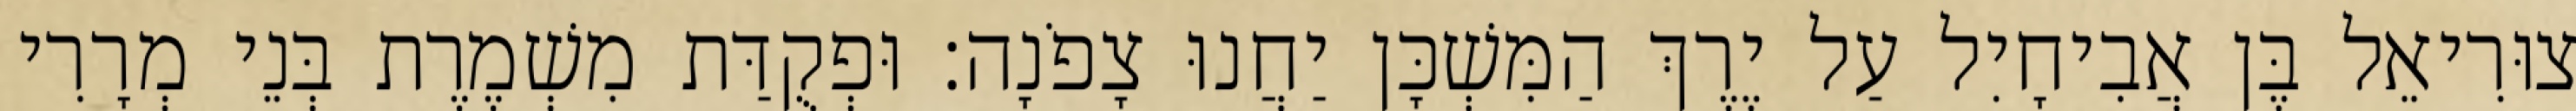
צוּרִיאֵל בֶּן אֲבִיחָיִל עַל יֶרֶךְ הַמִּשְׁכָּן יַחֲנוּ צָפֹנָה׃ וּפְקֻדַּת מִשְׁמֶרֶת בְּנֵי מְרָרִי